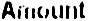
AMOUNT